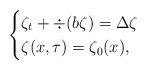
LaTeX: \begin{align*}\begin{cases}\zeta_t+\div(b\zeta)=\Delta\zeta\\\zeta(x,\tau)=\zeta_0(x),\end{cases}\end{align*}